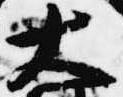
大